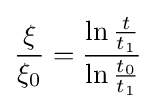
{\frac {\xi }{\xi _{0}}}={\frac {\ln {\tfrac {t}{t_{1}}}}{\ln {\tfrac {t_{0}}{t_{1}}}}}